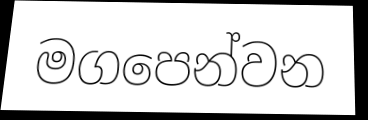
මගපෙන්වන